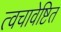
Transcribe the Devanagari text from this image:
त्वचावेष्टित